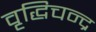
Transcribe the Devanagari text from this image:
वृद्धिचन्द्र